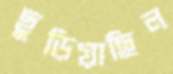
ছুড়িয়াছিল